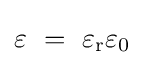
\varepsilon \ =\ \varepsilon _{\text{r}}\varepsilon _{0}